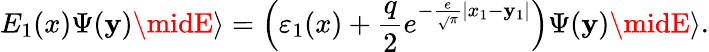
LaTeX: E_{1}(x)\Psi(\mathbf{y})\midE\rangle=\left({\varepsilon_{1}(x)+\frac{{q}}{{2}}e^{-\frac{{e}}{{{\sqrt{}{\pi}}}}|x_{1}-\mathbf{y}_{1}|}}\right)\Psi(\mathbf{y})\midE\rangle.